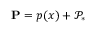
\mathbf { P } = p ( x ) + \mathcal { P } _ { * }